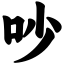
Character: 吵